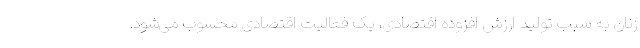
زنان به سبب تولید ارزش افزوده اقتصادی، یک فعالیت اقتصادی محسوب می‌شود.